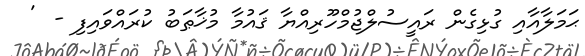
ޙަމަލާއާއި ގުޅިގެން ރައީސުލްޖުމްހޫރިއްޔާ ޤައުމާ މުޚާޠަބު ކުރައްވައިފި -  '